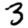
Digit: 3